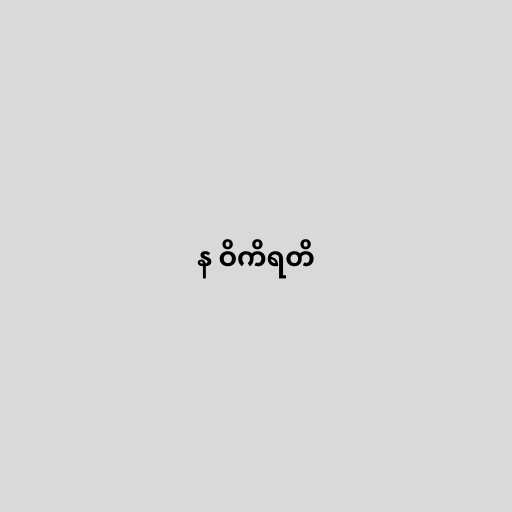
န ဝိကိရတိ